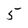
Character: 5